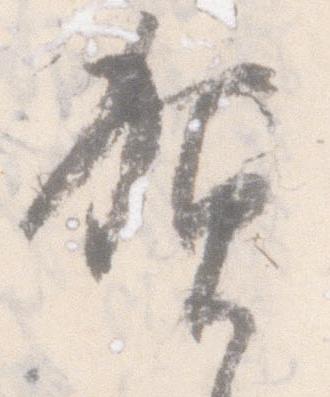
賀